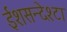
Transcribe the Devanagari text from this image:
ईशसन्देश्टा